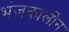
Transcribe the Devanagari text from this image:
भंजकालीन